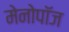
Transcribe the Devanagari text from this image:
मेनोपॉज